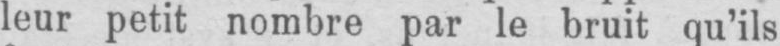
leur petit nombre par le bruit qu’ils